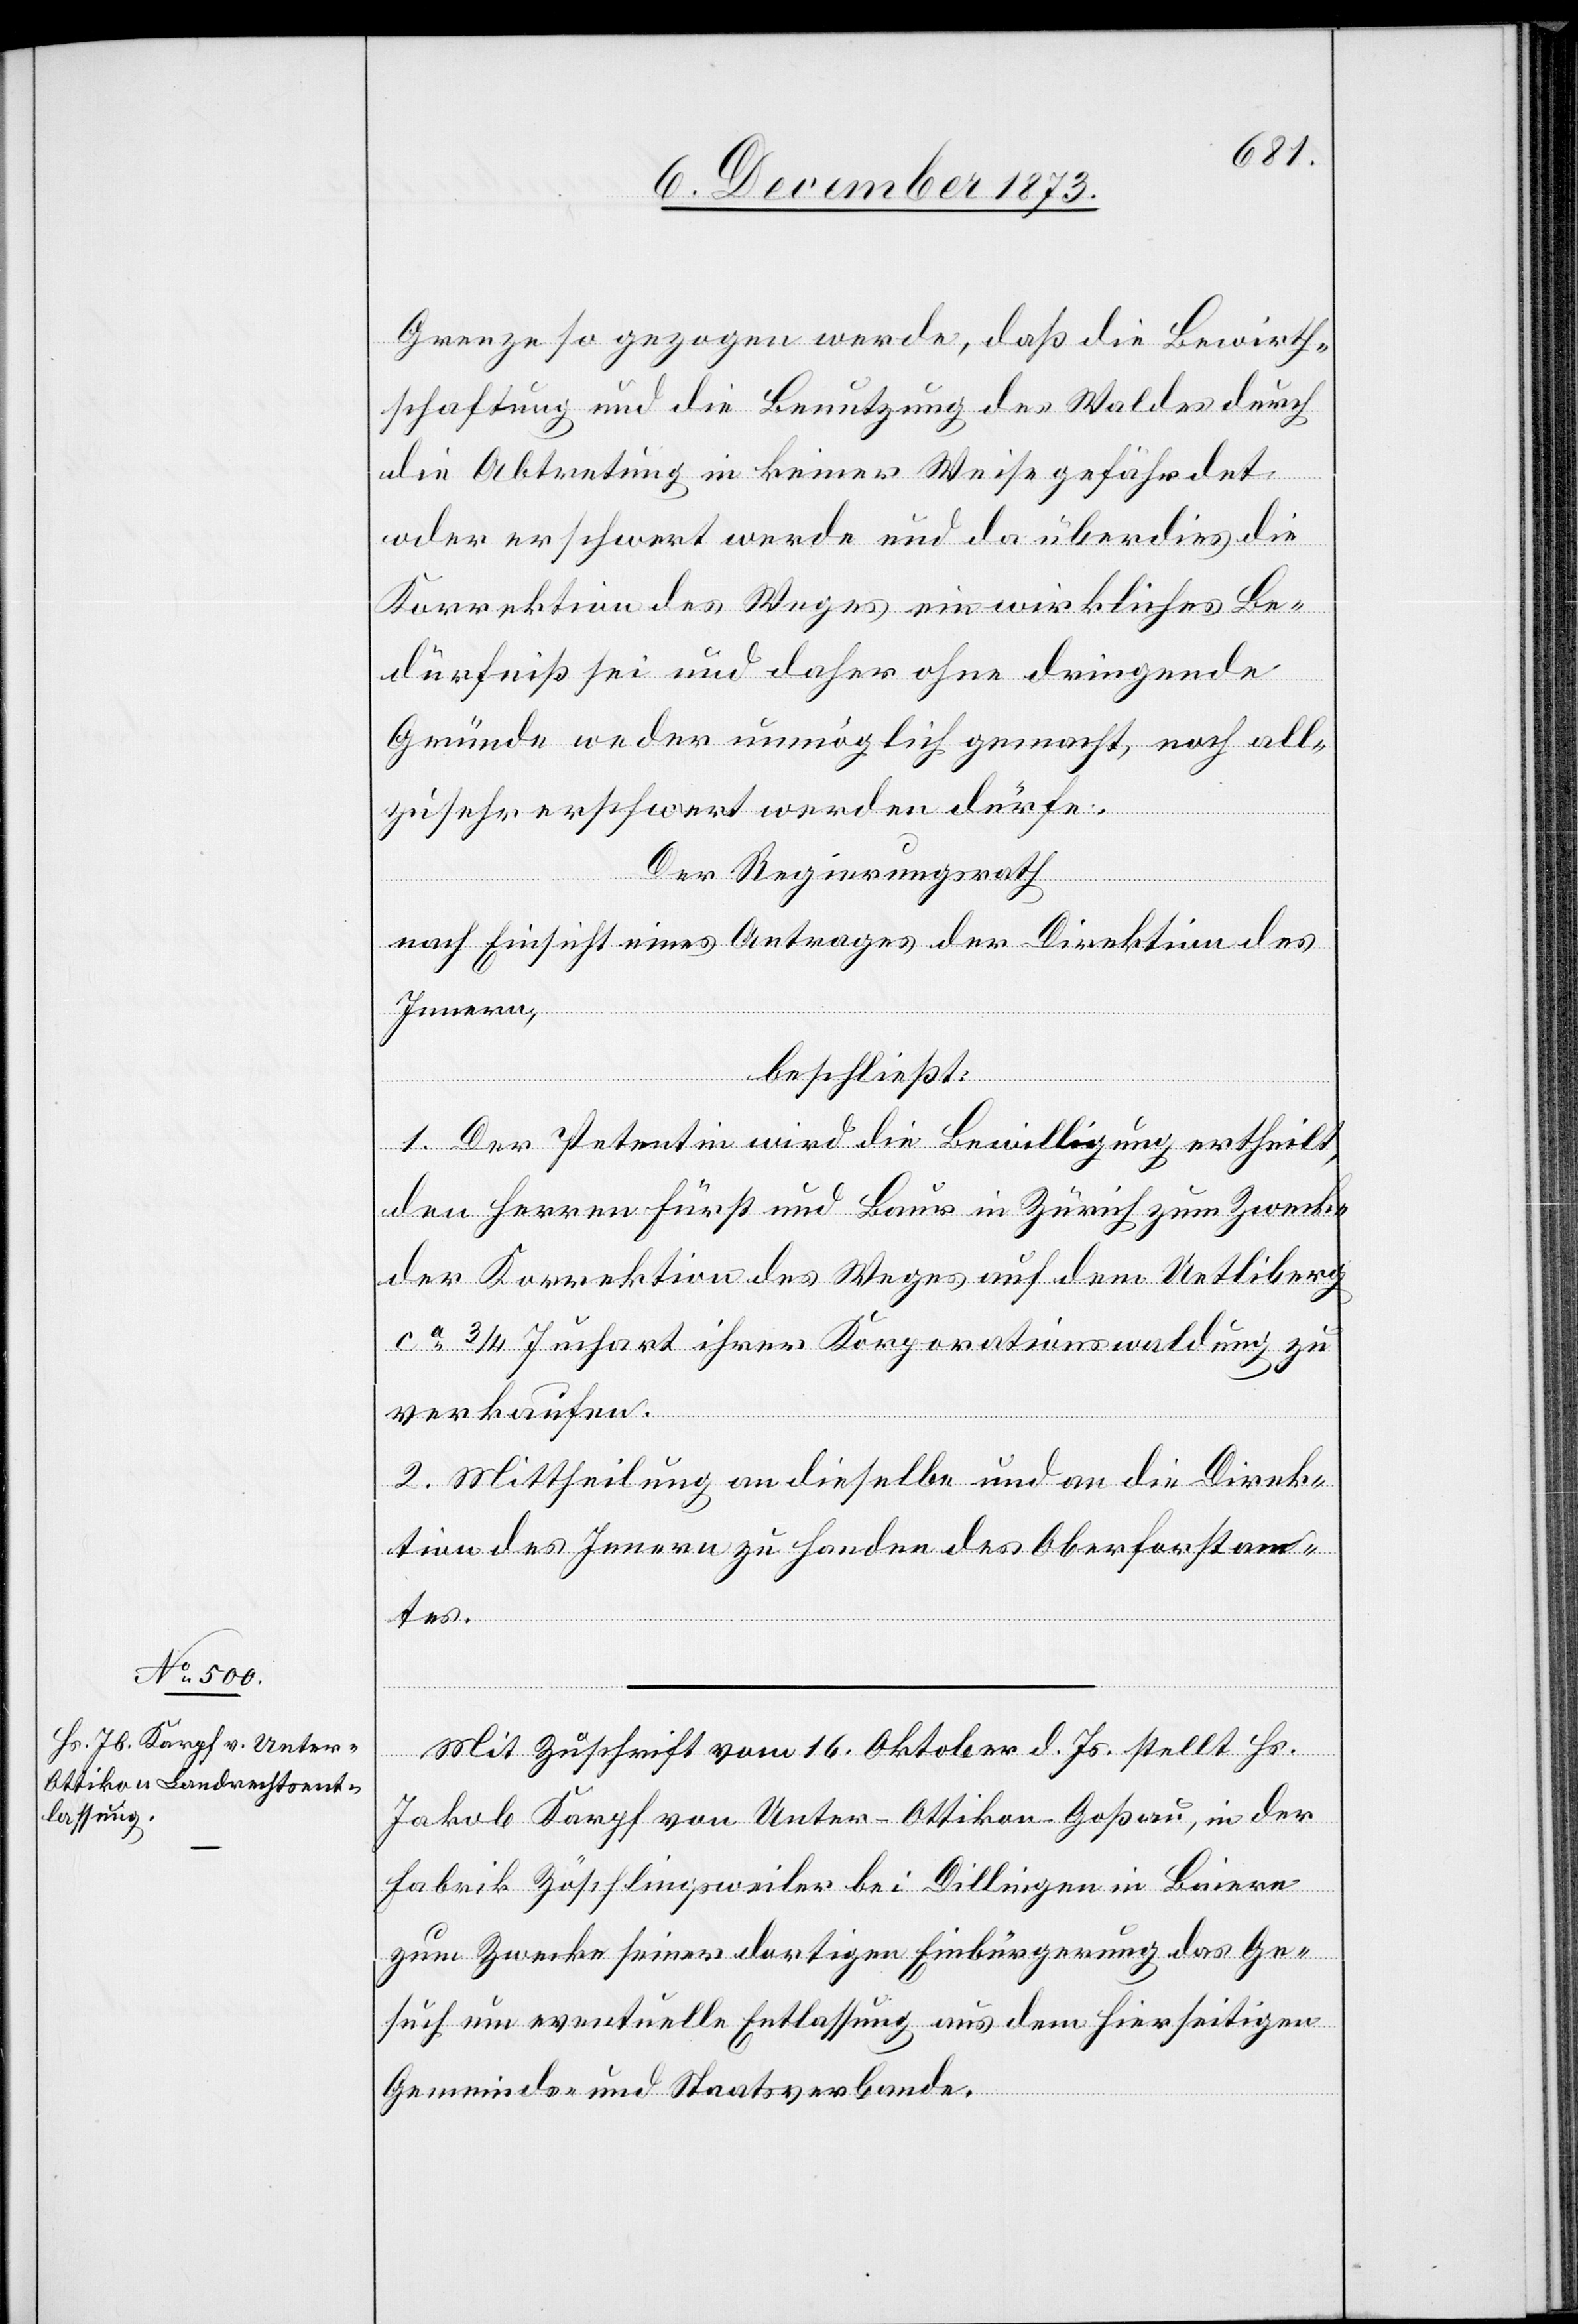
Grenze so gezogen werde, daß die Bewirth¬
schaftung und die Benutzung des Waldes durch
die Abtretung in keiner Weise gefährdet
oder erschwert werde und da überdies die
Korrektion des Weges ein wirkliches Be¬
dürfniß sei und daher ohne dringende
Gründe weder unmöglich gemacht, noch all¬
zusehr erschwert werden dürfe.
Der Regierungsrath
nach Einsicht eines Antrages der Direktion des
Innern,
beschließt:
1. Der Petentin wird die Bewilligung ertheilt,
den Herren Fürst und Baur in Zürich zum Zwecke
der Korrektion des Weges auf dem Uetliberg
ca 3/4 Juchart ihrer Korporationswaldung zu
verkaufen.
2. Mittheilung an dieselbe und an die Direk¬
tion des Innern zu Handen des Oberforstamt¬
es.
Mit Zuschrift vom 16. Oktober d. Js. stellt Hs.
Jakob Karpf von Unter-Ottikon - Goßau, in der
Fabrik Zöschlingsweiler bei Dillingen in Baiern
zum Zwecke seiner dortigen Einbürgerung das Ge¬
such um eventuelle Entlassung aus dem hierseitigen
Gemeinds- und Staatsverbande.